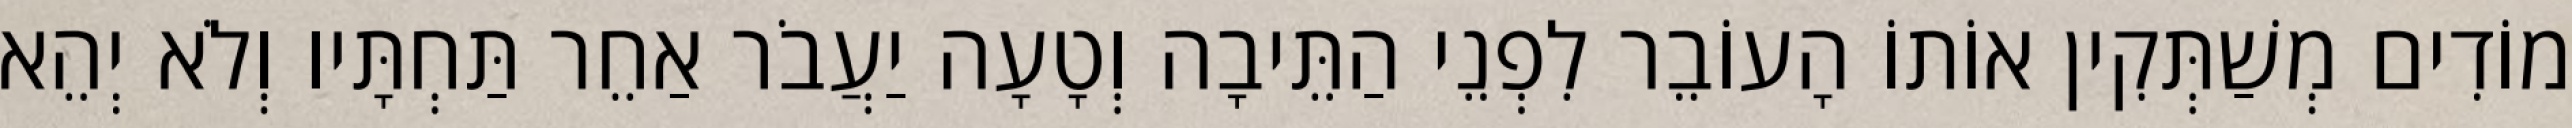
מוֹדִים מְשַׁתְּקִין אוֹתוֹ הָעוֹבֵר לִפְנֵי הַתֵּיבָה וְטָעָה יַעֲבֹר אַחֵר תַּחְתָּיו וְלֹא יְהֵא